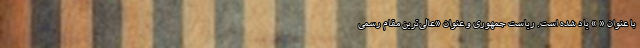
با عنوان « » یاد شده است. ریاست جمهوری و عنوان «عالی‌ترین مقام رسمی